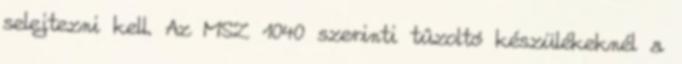
selejtezni kell. Az MSZ 1040 szerinti tûzoltó készülékeknél a